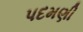
પદમણી